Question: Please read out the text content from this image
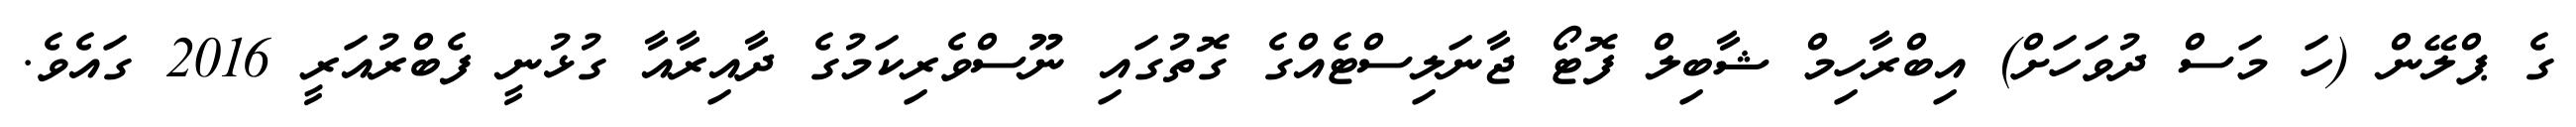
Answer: ގެ ޕްލޭން (ހަ މަސް ދުވަހަށް) އިބްރާހިމް ޝާބިލް ފޮޓޯ ޖާނަލިސްޓެއްގެ ގޮތުގައި ނޫސްވެރިކަމުގެ ދާއިރާއާ ގުޅުނީ ފެބްރުއަރީ 2016 ގައެވެ.